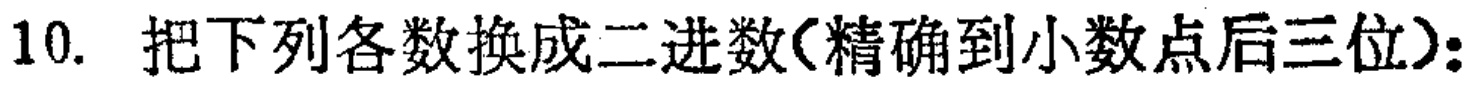
10. 把下列各数换成二进数(精确到小数点后三位)：